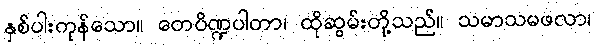
နှစ်ပါးကုန်သော။ တေပိဏ္ဍပါတာ၊ ထိုဆွမ်းတို့သည်။ သမာသမဖလာ၊